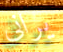
يرانى